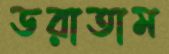
ডরাতাম